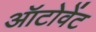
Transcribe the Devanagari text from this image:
ऑटोवेंट